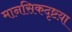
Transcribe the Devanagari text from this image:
मानसिकदृष्टय़ा